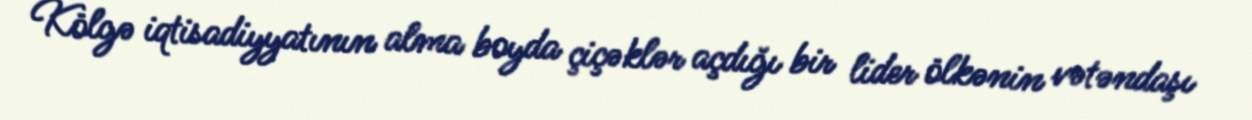
Kölgə iqtisadiyyatının alma boyda çiçəklər açdığı bir lider ölkənin vətəndaşı